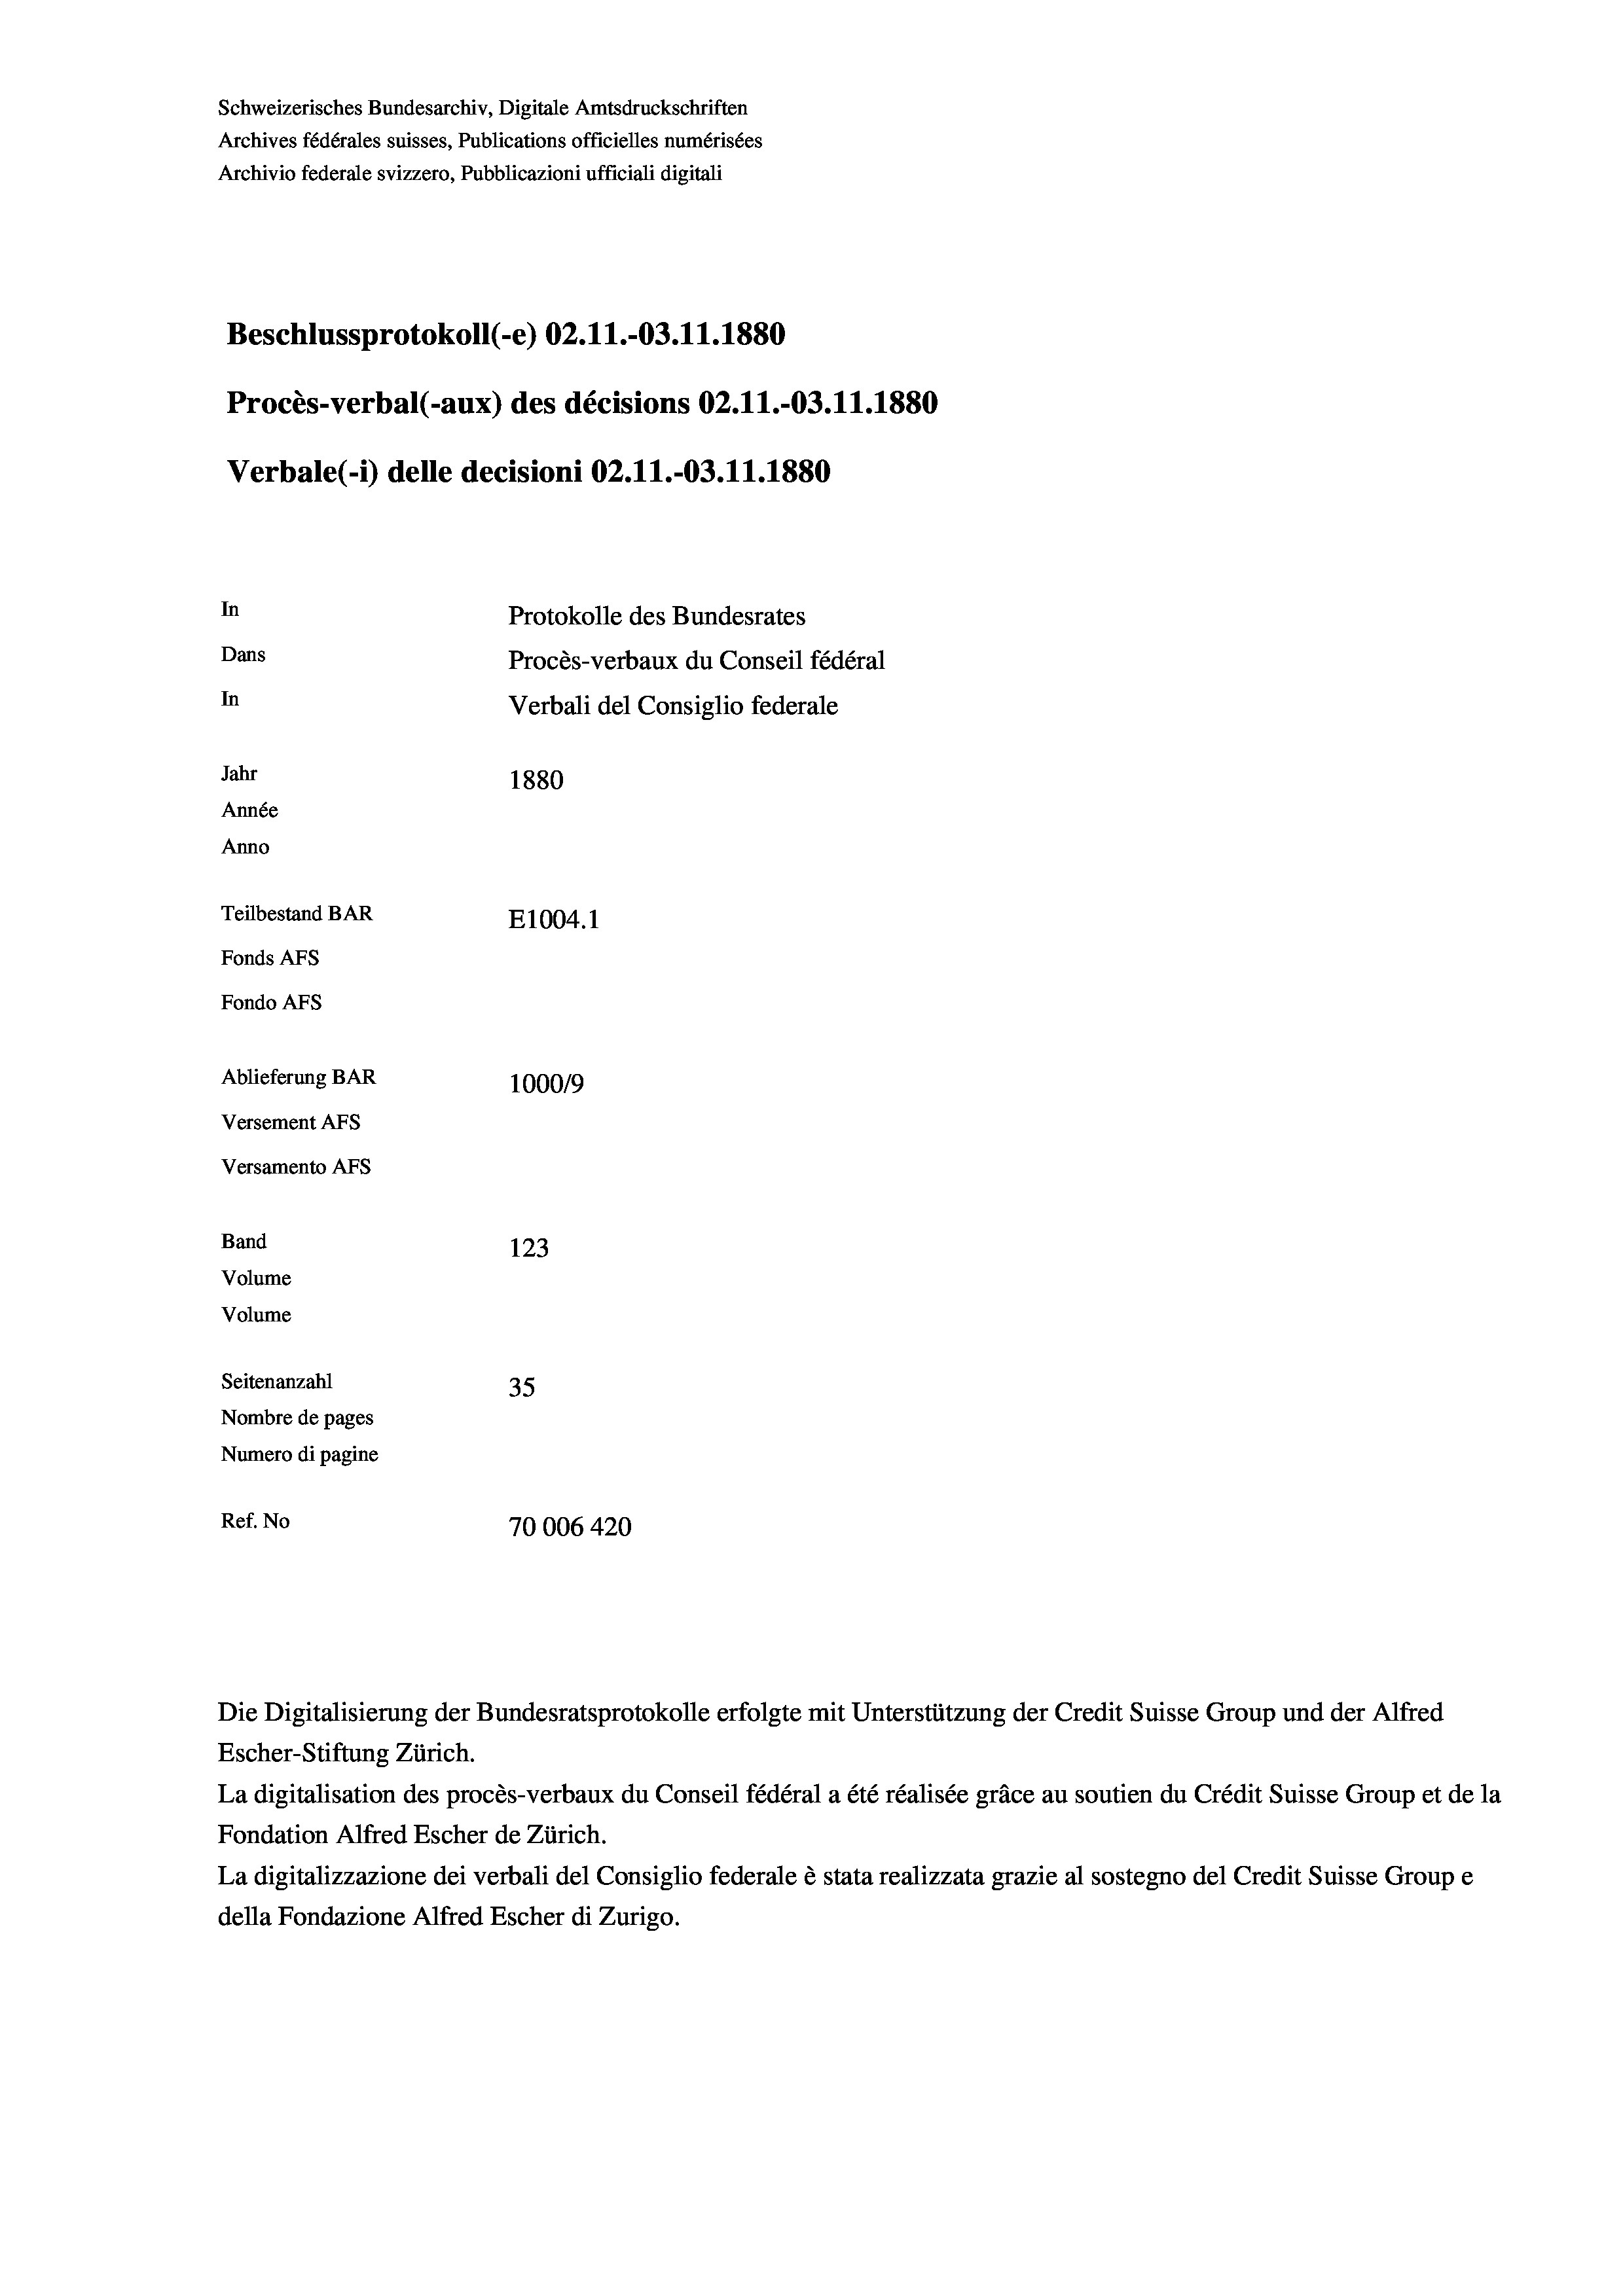
Schweizerisches Bundesarchiv, Digitale Amtsdruckschriften
Archives fédérales suisses, Publications officielles numérisées
Archivio federale svizzero, Pubblicazioni ufficiali digitali
Beschlussprotokoll (-e) 02.11.-03.11.1880
Procès-verbal (-aux) des décisions 02.11.-03.11.1880
Verbale(*) delle decisioni 02.11.-03.11.1880
In
Protokolle des Bundesrates
Dans
Procès-verbaux du Conseil fédéral
In
Verbali del Consiglio federale
Jahr
1880
Année
Anno
Teilbestand BAR
E1004. 1
Fonds AFs
Fondo AFs
Ablieferung BAR
100019
Versement AFs
Versamento Afs
Band
123
Volume
Volume
Seitenanzahl
35
Nombre de pages
Numero di pagine
Ref. No
70006 420

Die Digitalisierung der Bundesratsprotokolle erfolgte mit Unterstützung der Credit Suisse Group und der Alfred
Escher-Stiftung Zürich.
La digitalisation des procès-verbaux du Conseil fédéral a été réalisée gräce au soutien du Crédit Suisse Group et de la
Fondation Alfred Escher de Zürich.
La digitalizzazione dei verbali del Consiglio federale è stata realizzata grazie al sostegno del Credit Suisse Groupe
della Fondazione Alfred Escher di Zurigo.